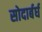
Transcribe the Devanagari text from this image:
सोदार्बर्घ